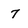
Character: 7